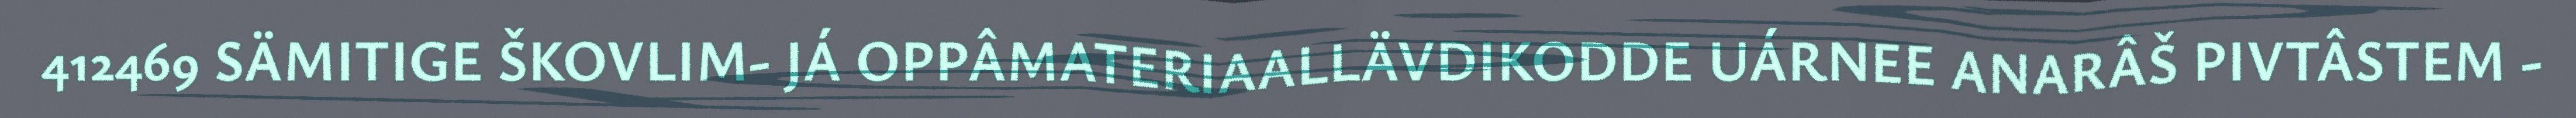
412469 SÄMITIGE ŠKOVLIM- JÁ OPPÂMATERIAALLÄVDIKODDE UÁRNEE ANARÂŠ PIVTÂSTEM -